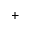
^ { + }